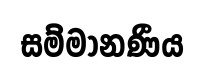
සම්මානණීය